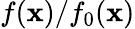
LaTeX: f(\mathbf{x})/f_{0}(\mathbf{x})